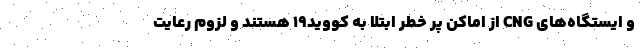
و ایستگاه‌های CNG از اماکن پر خطر ابتلا به کووید۱۹ هستند و لزوم رعایت